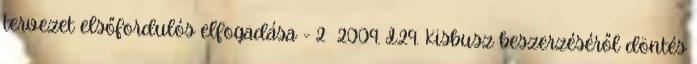
tervezet elsőfordulós elfogadása - 2 2009. I.29. Kisbusz beszerzéséről döntés